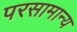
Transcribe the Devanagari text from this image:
परसामान्य